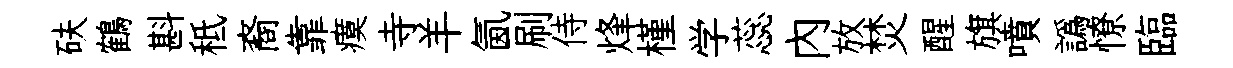
砆鶴斟秪裔靠瘼寺羊氤刷侍烽槿学蕊内放焚醒旗噴譌憭臨